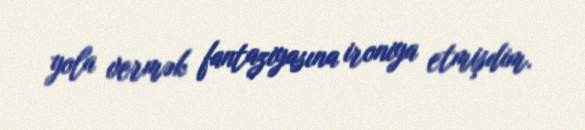
yola vermək fantaziyasına ironiya etmişdim.